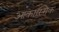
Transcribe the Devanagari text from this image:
आकास्मिक